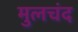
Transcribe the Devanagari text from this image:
मुलचंद